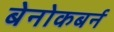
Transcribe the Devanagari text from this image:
बेनोकबर्न